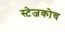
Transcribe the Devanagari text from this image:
स्‍टेजकोच